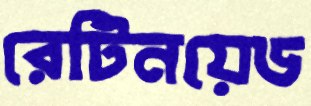
রেটিনয়েড